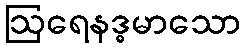
ဩရေနဒ္ဓမာသော